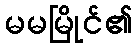
မမမြိုင်၏